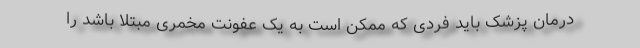
درمان پزشک باید فردی که ممکن است به یک عفونت مخمری مبتلا باشد را